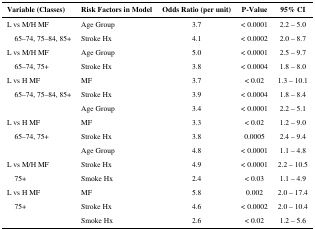
<table><thead><tr><td><b>Variable (Classes)</b></td><td><b>Risk Factors in Model</b></td><td><b>Odds Ratio (per unit)</b></td><td><b>P-Value</b></td><td><b>95% CI</b></td></tr></thead><tbody><tr><td>L vs M/H MF</td><td>Age Group</td><td>3.7</td><td>&lt; 0.0001</td><td>2.2 – 5.0</td></tr><tr><td> 65–74, 75–84, 85+</td><td>Stroke Hx</td><td>4.1</td><td>&lt; 0.0002</td><td>2.0 – 8.7</td></tr><tr><td>L vs M/H MF</td><td>Age Group</td><td>5.0</td><td>&lt; 0.0001</td><td>2.5 – 9.7</td></tr><tr><td> 65–74, 75+</td><td>Stroke Hx</td><td>3.8</td><td>&lt; 0.0004</td><td>1.8 – 8.0</td></tr><tr><td>L vs H MF</td><td>MF</td><td>3.7</td><td>&lt; 0.02</td><td>1.3 – 10.1</td></tr><tr><td> 65–74, 75–84, 85+</td><td>Stroke Hx</td><td>3.9</td><td>&lt; 0.0004</td><td>1.8 – 8.4</td></tr><tr><td></td><td>Age Group</td><td>3.4</td><td>&lt; 0.0001</td><td>2.2 – 5.1</td></tr><tr><td>L vs H MF</td><td>MF</td><td>3.3</td><td>&lt; 0.02</td><td>1.2 – 9.0</td></tr><tr><td> 65–74, 75+</td><td>Stroke Hx</td><td>3.8</td><td>0.0005</td><td>2.4 – 9.4</td></tr><tr><td></td><td>Age Group</td><td>4.8</td><td>&lt; 0.0001</td><td>1.1 – 4.8</td></tr><tr><td>L vs M/H MF</td><td>Stroke Hx</td><td>4.9</td><td>&lt; 0.0001</td><td>2.2 – 10.5</td></tr><tr><td> 75+</td><td>Smoke Hx</td><td>2.4</td><td>&lt; 0.03</td><td>1.1 – 4.9</td></tr><tr><td>L vs H MF</td><td>MF</td><td>5.8</td><td>0.002</td><td>2.0 – 17.4</td></tr><tr><td> 75+</td><td>Stroke Hx</td><td>4.6</td><td>&lt; 0.0002</td><td>2.0 – 10.4</td></tr><tr><td></td><td>Smoke Hx</td><td>2.6</td><td>&lt; 0.02</td><td>1.2 – 5.6</td></tr></tbody></table>